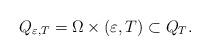
LaTeX: \begin{align*}Q_{\varepsilon ,T}=\Omega \times \left( \varepsilon ,T\right) \subset Q_{T}.\end{align*}